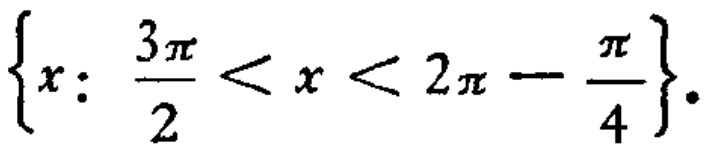
\(\left\{x:\ \frac{3\pi}{2}<x<2\pi - \frac{\pi}{4}\right\}\)